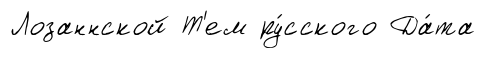
Лозаннской Т'ем ру́сского Да́та